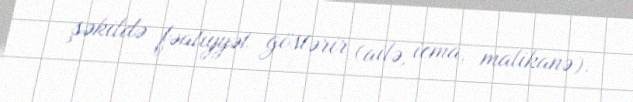
şəkildə fəaliyyət göstərir (ailə, icma, malikanə).